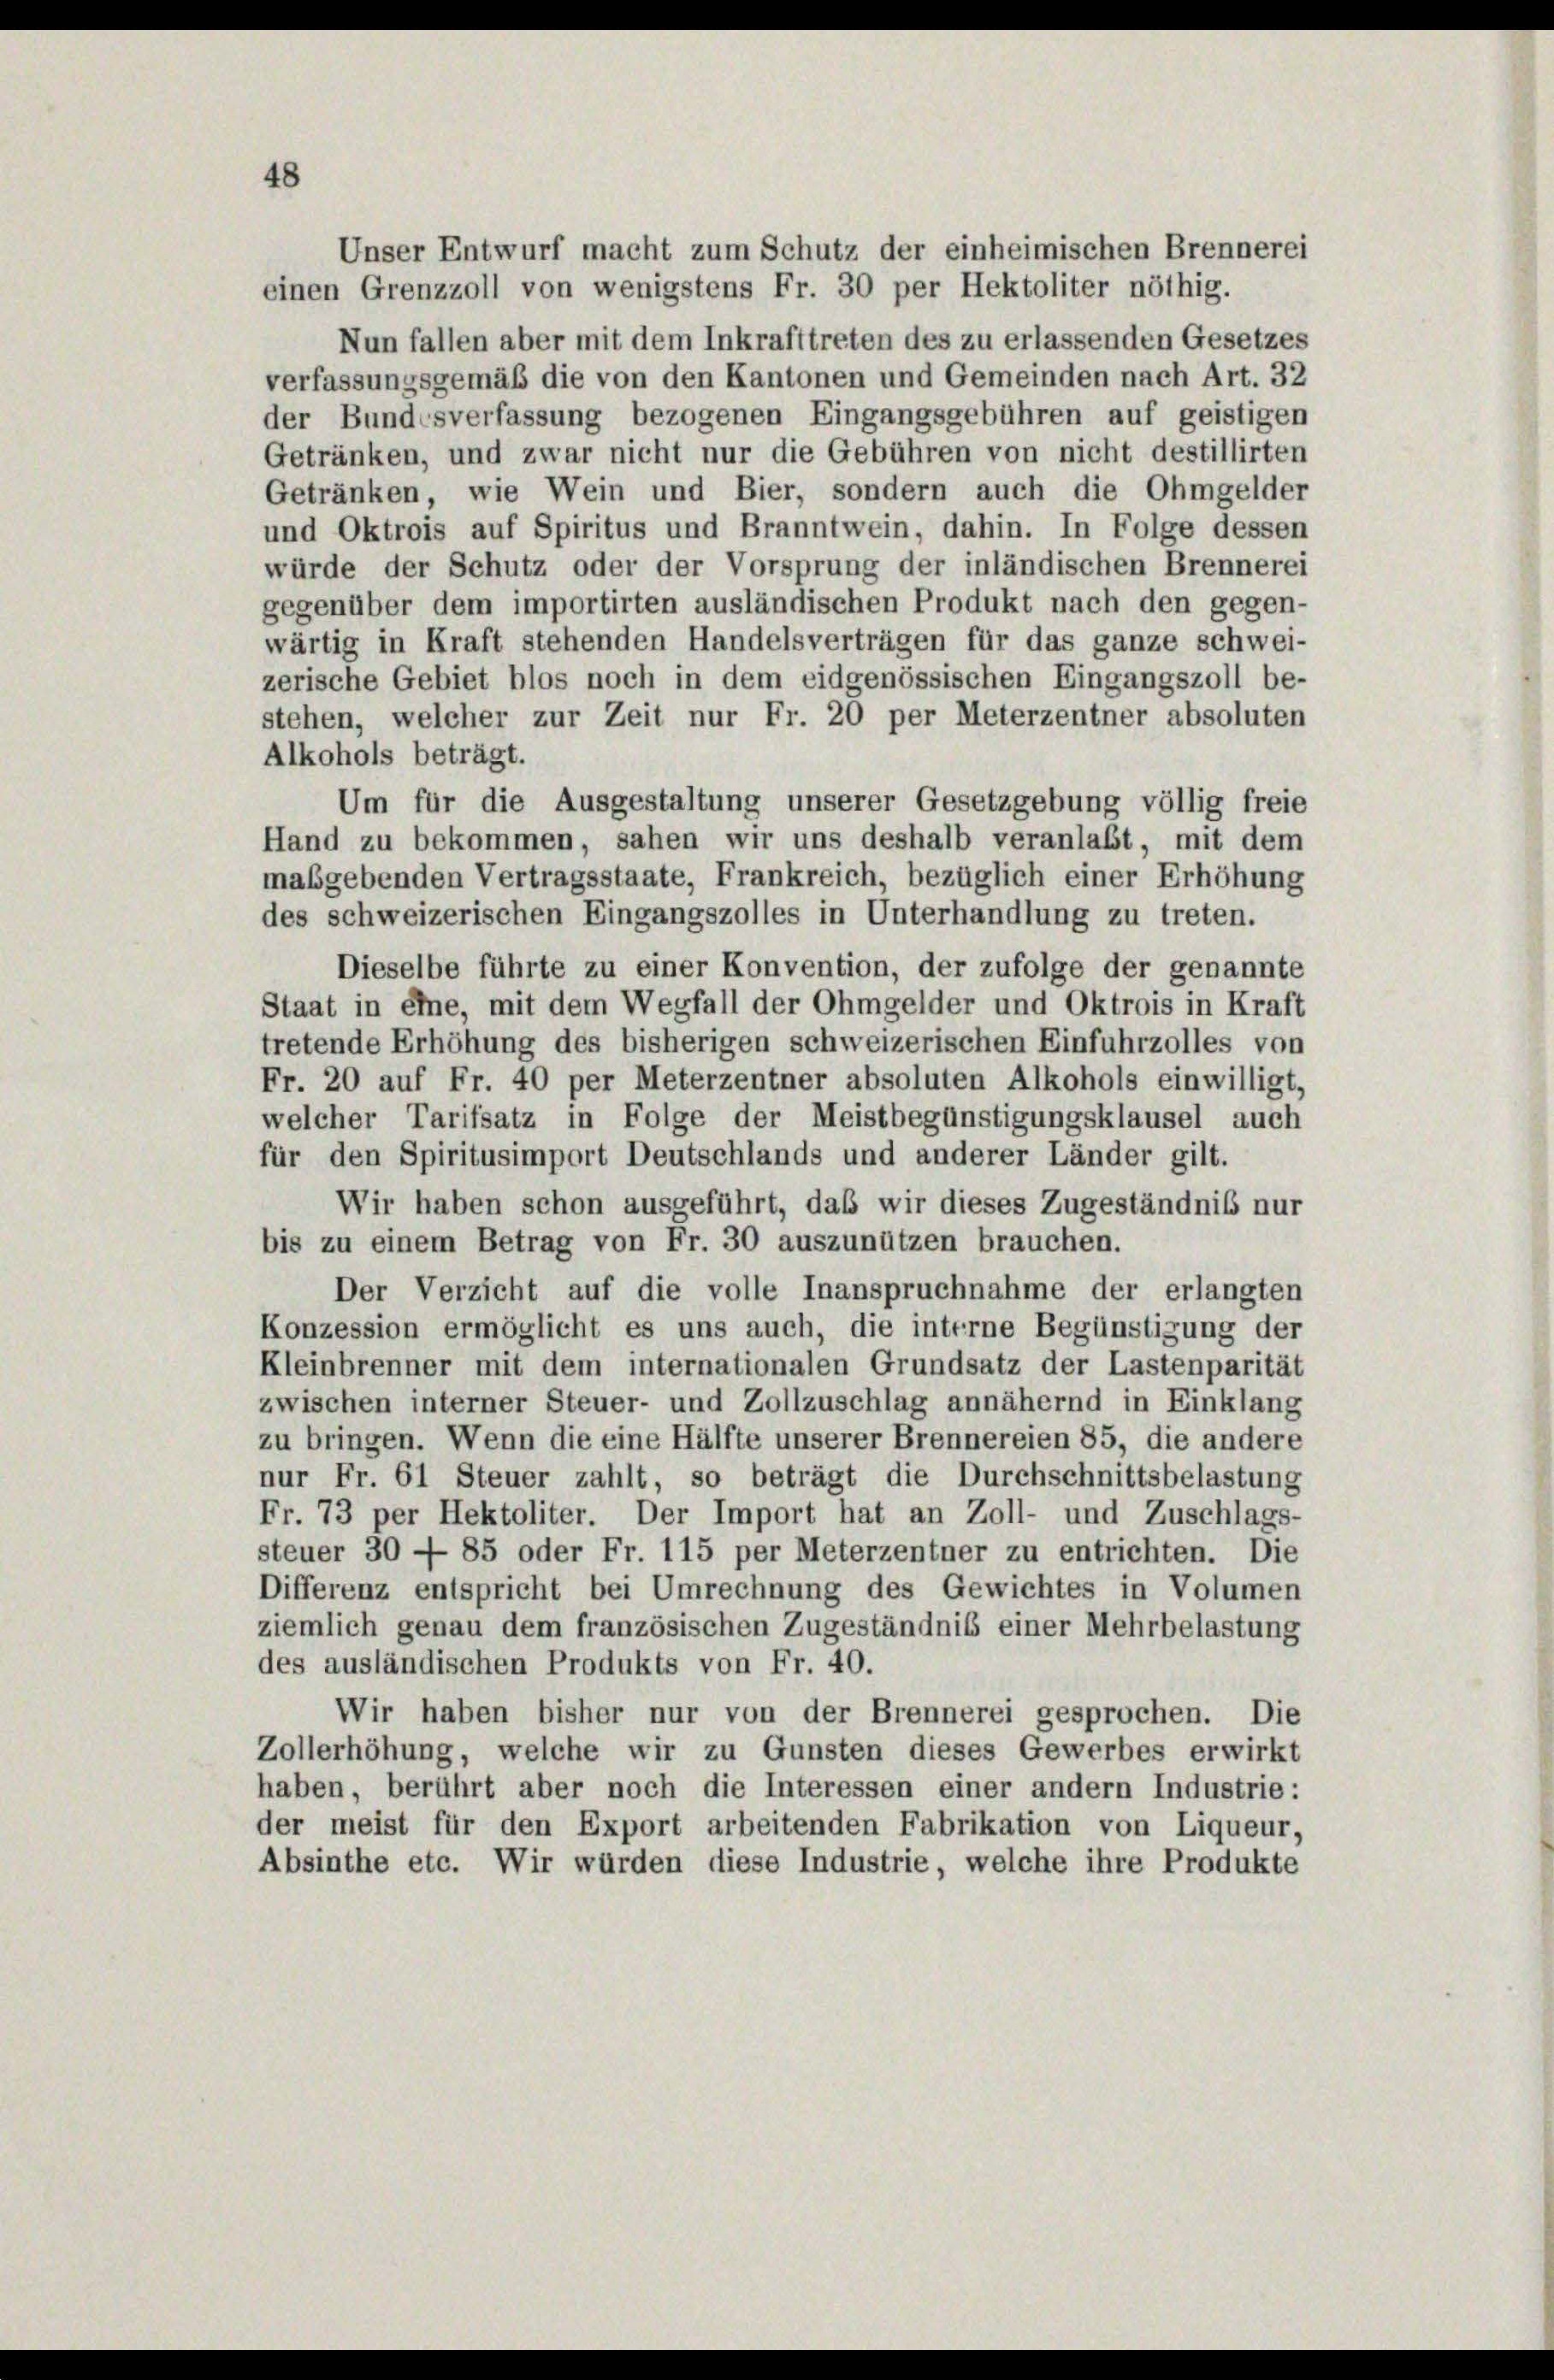
Unser Entwurf macht zum Schutz der einheimischen Brennerei
einen Grenzzoll von wenigstens Fr. 30 per Hektoliter nöthig.
Nun fallen aber mit dem Inkrafttreten des zu erlassenden Gesetzes
verfassungsgemäß die von den Kantonen und Gemeinden nach Art. 32
der Bundesverfassung bezogenen Eingangsgebühren auf geistigen
Getränken, und zwar nicht nur die Gebühren von nicht destillirten
Getränken, wie Wein und Bier, sondern auch die Ohmgelder
und Oktrois auf Spiritus und Branntwein, dahin. In Folge dessen
würde der Schutz oder der Vorsprung der inländischen Brennerei
gegenüber dem importirten ausländischen Produkt nach den gegen-
wärtig in Kraft stehenden Handelsverträgen für das ganze schwei-
zerische Gebiet blos noch in dem eidgenössischen Eingangszoll be-
stehen, welcher zur Zeit nur Fr. 20 per Meterzentner absoluten
Alkohols beträgt.
Um für die Ausgestaltung unserer Gesetzgebung völlig freie
Hand zu bekommen, sahen wir uns deshalb veranlaßt, mit dem
maßgebenden Vertragsstaate, Frankreich, bezüglich einer Erhöhung
des schweizerischen Eingangszolles in Unterhandlung zu treten.
Dieselbe führte zu einer Konvention, der zufolge der genannte
Staat in eine, mit dem Wegfall der Ohmgelder und Oktrois in Kraft
tretende Erhöhung des bisherigen schweizerischen Einfuhrzolles von
Fr. 20 auf Fr. 40 per Meterzentner absoluten Alkohols einwilligt,
welcher Tarifsatz in Folge der Meistbegünstigungsklausel auch
für den Spiritusimport Deutschlands und anderer Länder gilt.
Wir haben schon ausgeführt, daß wir dieses Zugeständnis nur
bis zu einem Betrag von Fr. 30 auszunützen brauchen.
Der Verzicht auf die volle Inanspruchnahme der erlangten
Konzession ermöglicht es uns auch, die interne Begünstigung der
Kleinbrenner mit dem internationalen Grundsatz der Lastenparität
zwischen interner Steuer- und Zollzuschlag annähernd in Einklang
zu bringen. Wenn die eine Hälfte unserer Brennereien 85, die andere
nur Fr. 61 Steuer zahlt, so beträgt die Durchschnittsbelastung
Fr. 73 per Hektoliter. Der Import hat an Zoll- und Zuschlags-
steuer 30 — 85 oder Fr. 115 per Meterzentner zu entrichten. Die
Differenz entspricht bei Umrechnung des Gewichtes in Volumen
ziemlich genau dem französischen Zugeständnis einer Mehrbelastung
des ausländischen Produkts von Fr. 40.
Wir haben bisher nur von der Brennerei gesprochen. Die
Zollerhöhung, welche wir zu Gunsten dieses Gewerbes erwirkt
haben, berührt aber noch die Interessen einer andern Industrie:
der meist für den Export arbeitenden Fabrikation von Liqueur,
Absinthe etc. Wir würden diese Industrie, welche ihre Produkte